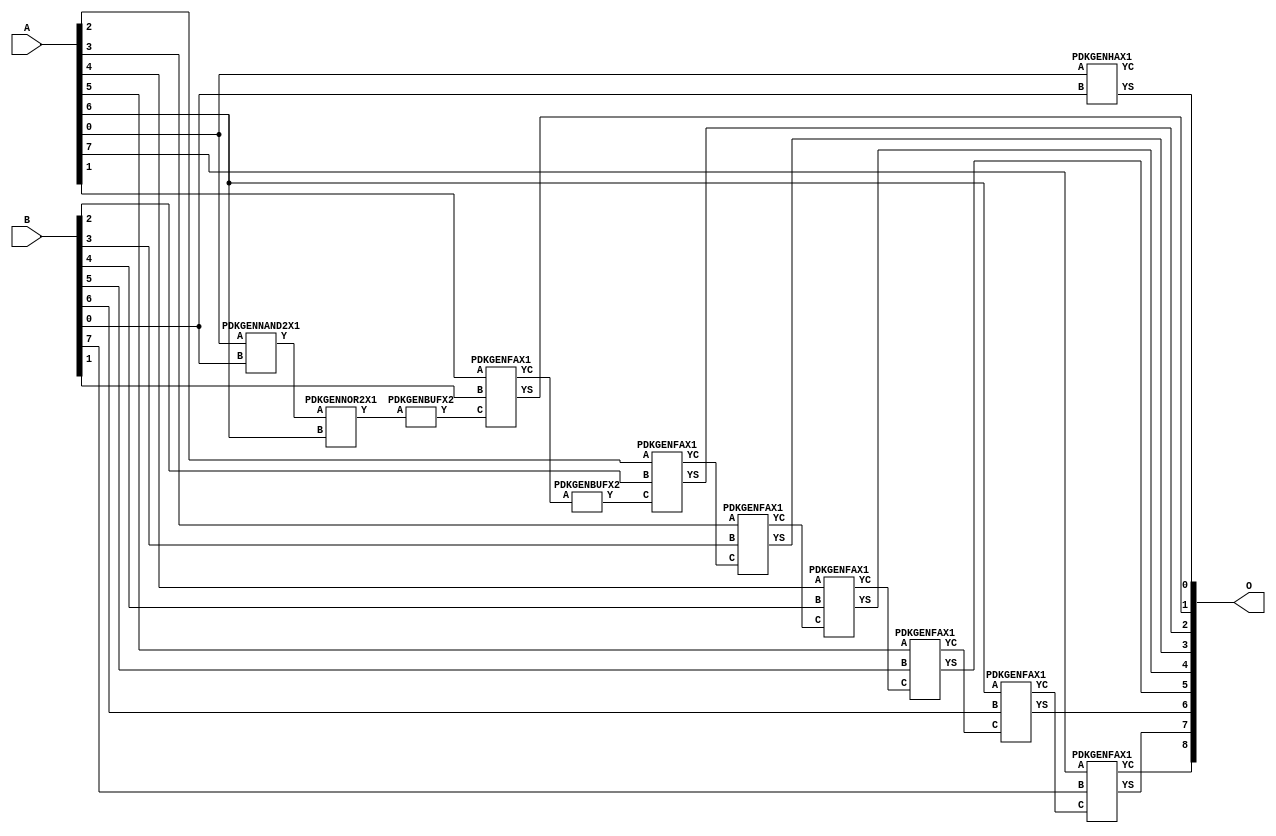
// Library = EvoApprox8b
// Circuit = add8_198
// Area   (180) = 1016
// Delay  (180) = 1.810
// Power  (180) = 351.00
// Area   (45) = 76
// Delay  (45) = 0.690
// Power  (45) = 33.58
// Nodes = 12
// HD = 16320
// MAE = 0.25000
// MSE = 0.50000
// MRE = 0.10 %
// WCE = 2
// WCRE = 3 %
// EP = 12.5 %

module add8_198(A, B, O);
  input [7:0] A;
  input [7:0] B;
  output [8:0] O;
  wire [2031:0] N;

  assign N[0] = A[0];
  assign N[1] = A[0];
  assign N[2] = A[1];
  assign N[3] = A[1];
  assign N[4] = A[2];
  assign N[5] = A[2];
  assign N[6] = A[3];
  assign N[7] = A[3];
  assign N[8] = A[4];
  assign N[9] = A[4];
  assign N[10] = A[5];
  assign N[11] = A[5];
  assign N[12] = A[6];
  assign N[13] = A[6];
  assign N[14] = A[7];
  assign N[15] = A[7];
  assign N[16] = B[0];
  assign N[17] = B[0];
  assign N[18] = B[1];
  assign N[19] = B[1];
  assign N[20] = B[2];
  assign N[21] = B[2];
  assign N[22] = B[3];
  assign N[23] = B[3];
  assign N[24] = B[4];
  assign N[25] = B[4];
  assign N[26] = B[5];
  assign N[27] = B[5];
  assign N[28] = B[6];
  assign N[29] = B[6];
  assign N[30] = B[7];
  assign N[31] = B[7];

  PDKGENNAND2X1 n34(.A(N[0]), .B(N[16]), .Y(N[34]));
  assign N[35] = N[34];
  PDKGENNOR2X1 n56(.A(N[35]), .B(N[12]), .Y(N[56]));
  assign N[57] = N[56];
  PDKGENBUFX2 n70(.A(N[57]), .Y(N[70]));
  PDKGENHAX1 n76(.A(N[0]), .B(N[16]), .YS(N[76]), .YC(N[77]));
  PDKGENFAX1 n82(.A(N[2]), .B(N[18]), .C(N[70]), .YS(N[82]), .YC(N[83]));
  PDKGENBUFX2 n98(.A(N[83]), .Y(N[98]));
  assign N[99] = N[98];
  PDKGENFAX1 n132(.A(N[4]), .B(N[20]), .C(N[99]), .YS(N[132]), .YC(N[133]));
  PDKGENFAX1 n182(.A(N[6]), .B(N[22]), .C(N[133]), .YS(N[182]), .YC(N[183]));
  PDKGENFAX1 n232(.A(N[8]), .B(N[24]), .C(N[183]), .YS(N[232]), .YC(N[233]));
  PDKGENFAX1 n282(.A(N[10]), .B(N[26]), .C(N[233]), .YS(N[282]), .YC(N[283]));
  PDKGENFAX1 n332(.A(N[12]), .B(N[28]), .C(N[283]), .YS(N[332]), .YC(N[333]));
  PDKGENFAX1 n382(.A(N[14]), .B(N[30]), .C(N[333]), .YS(N[382]), .YC(N[383]));

  assign O[0] = N[76];
  assign O[1] = N[82];
  assign O[2] = N[132];
  assign O[3] = N[182];
  assign O[4] = N[232];
  assign O[5] = N[282];
  assign O[6] = N[332];
  assign O[7] = N[382];
  assign O[8] = N[383];

endmodule
/* mod */
module PDKGENHAX1( input A, input B, output YS, output YC );
    assign YS = A ^ B;
    assign YC = A & B;
endmodule
/* mod */
module PDKGENNOR2X1(input A, input B, output Y );
     assign Y = ~(A | B);
endmodule
/* mod */
module PDKGENFAX1( input A, input B, input C, output YS, output YC );
    assign YS = (A ^ B) ^ C;
    assign YC = (A & B) | (B & C) | (A & C);
endmodule
/* mod */
module PDKGENBUFX2(input A, output Y );
     assign Y = A;
endmodule
/* mod */
module PDKGENNAND2X1(input A, input B, output Y );
     assign Y = ~(A & B);
endmodule